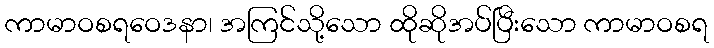
ကာမာဝစရဝေဒနာ၊ အကြင်သို့သော ထိုဆိုအပ်ပြီးသော ကာမာဝစရ